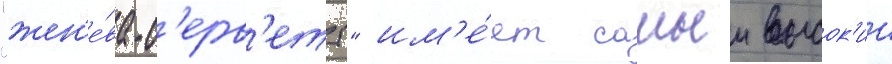
"жен'е́ва-с'ерв'етт" им'е́ет самыи высок'ии